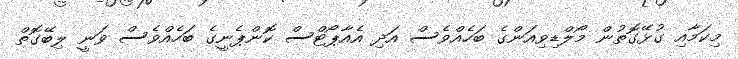
މިކަމާއި ގުޅޭގޮތުން މޯލްޑިވިއަންގެ ބަހެއްވެސް އަދި އެއާޕޯޓްސް ކޮންޕެނީގެ ބަހެއްވެސް ވަނީ ލިބޭގޮތް